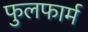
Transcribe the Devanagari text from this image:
फुलफार्म